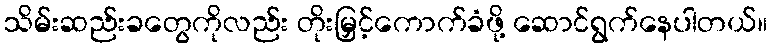
သိမ်းဆည်းခတွေကိုလည်း တိုးမြှင့်ကောက်ခံဖို့ ဆောင်ရွက်နေပါတယ်။